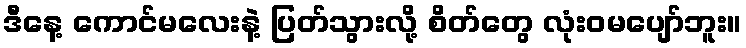
ဒီနေ့ ကောင်မလေးနဲ့ ပြတ်သွားလို့ စိတ်တွေ လုံးဝမပျော်ဘူး။